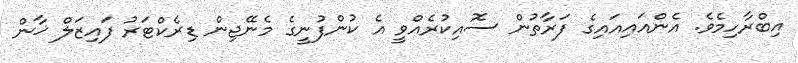
އިބްރާހިމެވެ. އެންއައިއައިގެ ފަރާތުން ސޮއިކުރެއްވީ އެ ކުންފުނީގެ މެނޭޖިން ޑިރެކްޓަރު ފައިޒަލް ޚާން